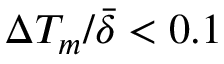
\Delta T _ { m } / \bar { \delta } < 0 . 1